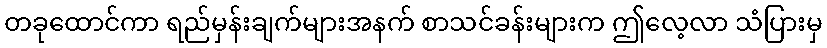
တခုထောင်ကာ ရည်မှန်းချက်များအနက် စာသင်ခန်းများက ဤလေ့လာ သံပြားမှ